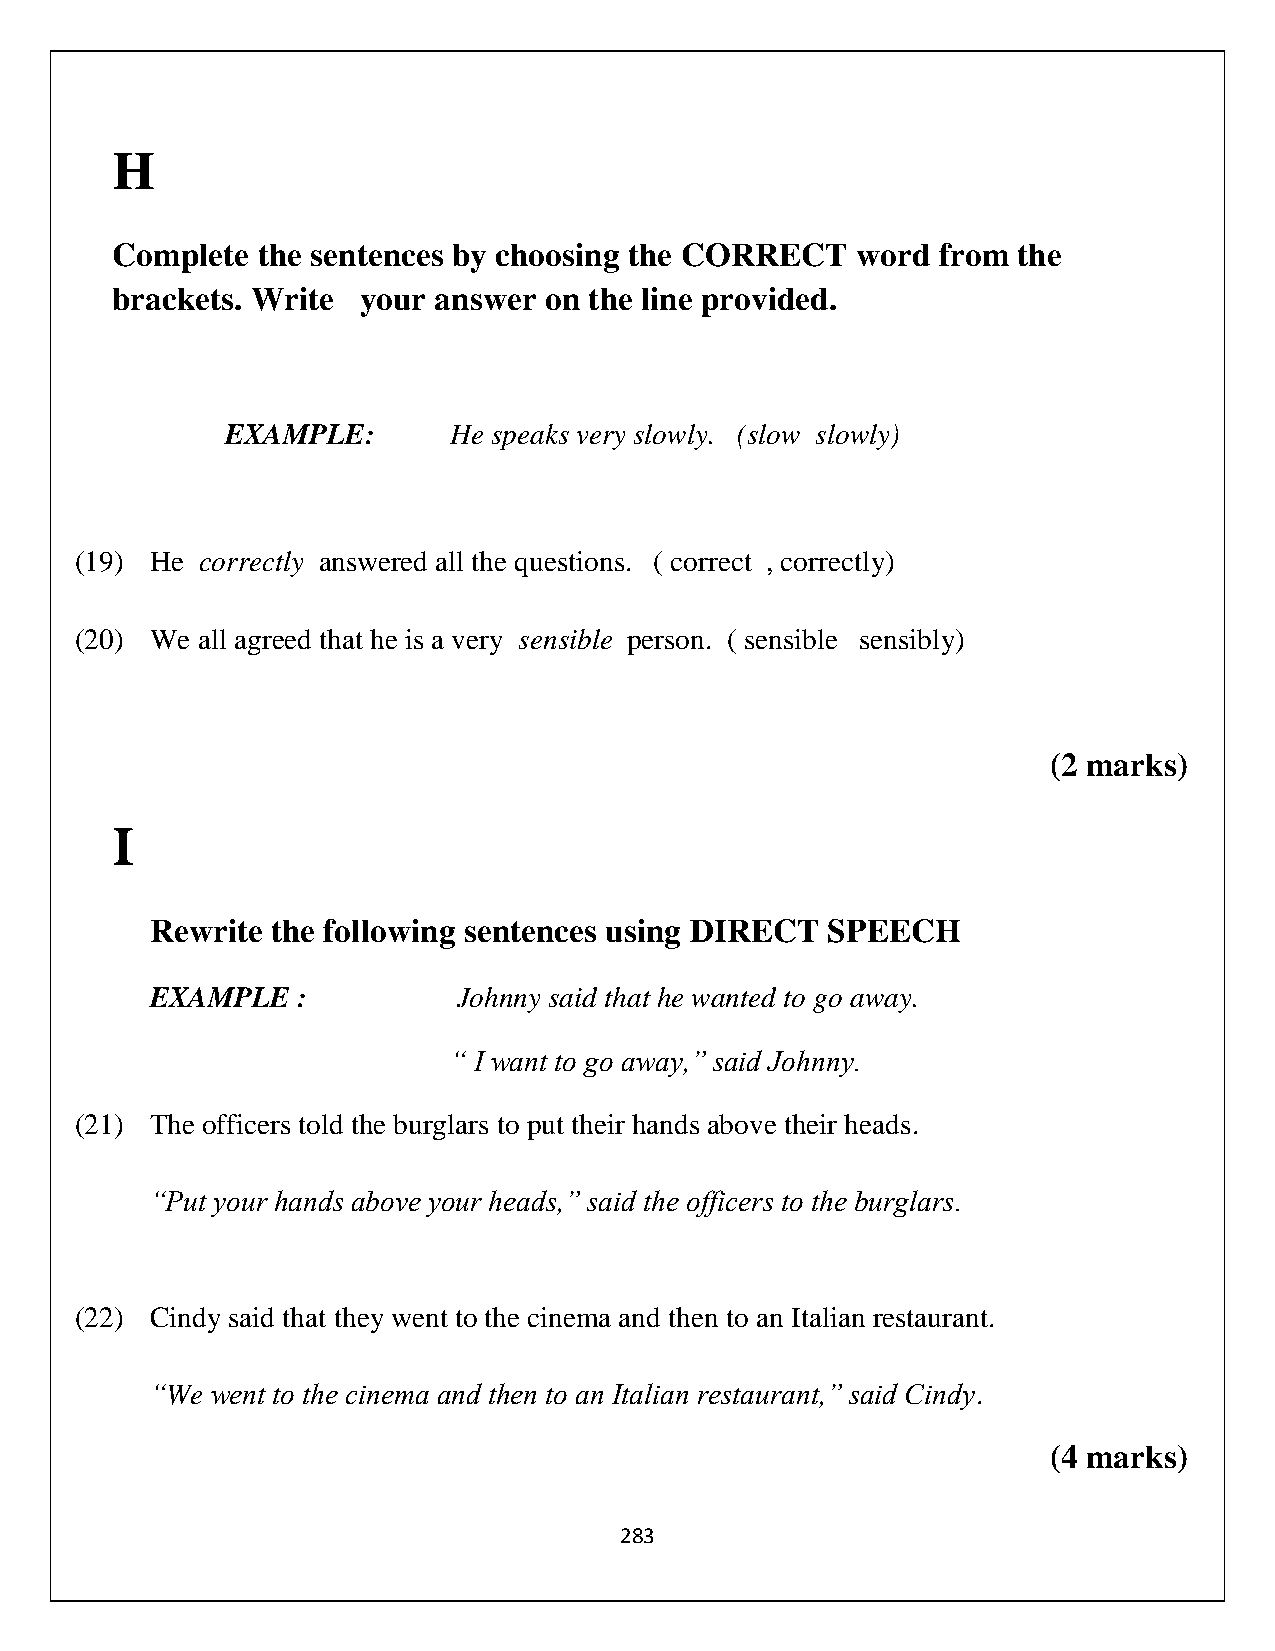
H
 Complete  the sentences by choosing the CORRECT   word from the
 brackets. Write  your answer on the line provided.
 EXAMPLE:       He speaks very slowly. (slow slowly)
 (19) He correctly answered all the questions. ( correct , correctly)
 (20) We all agreed that he is a very sensible person. ( sensible sensibly)
 (2 marks)
 I
 Rewrite the following sentences using DIRECT SPEECH
 EXAMPLE   :         Johnny said that he wanted to go away.
 “ I want to go away,” said Johnny.
 (21) The officers told the burglars to put their hands above their heads.
 “Put your hands above your heads,” said the officers to the burglars.
 (22) Cindy said that they went to the cinema and then to an Italian restaurant.
 “We went to the cinema and then to an Italian restaurant,” said Cindy.
 (4 marks)
 283